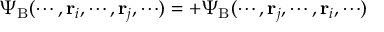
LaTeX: \Psi _ { \mathrm { { B } } } ( \cdots , \mathbf { r } _ { i } , \cdots , \mathbf { r } _ { j } , \cdots ) = + \Psi _ { \mathrm { { B } } } ( \cdots , \mathbf { r } _ { j } , \cdots , \mathbf { r } _ { i } , \cdots )